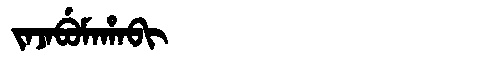
Manchu: ᠵᠠᠵᠠᠪᡠᠮᠠᡥᠠᠪᡳ
Romanization: JAJABUMAHABI